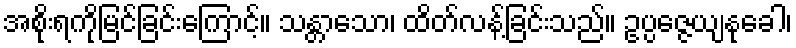
အစိုးရကိုမြင်ခြင်းကြောင့်။ သန္တာသော၊ ထိတ်လန့်ခြင်းသည်။ ဥပ္ပဇ္ဇေယျနုခေါ၊